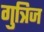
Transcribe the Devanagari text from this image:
गुत्रिज